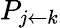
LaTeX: P_{j\leftarrow k}